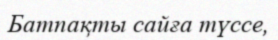
Батпақты сайға түссе,